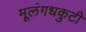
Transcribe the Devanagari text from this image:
मूलंगधकुटी